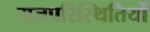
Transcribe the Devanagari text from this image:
राजपरिस्थितियों